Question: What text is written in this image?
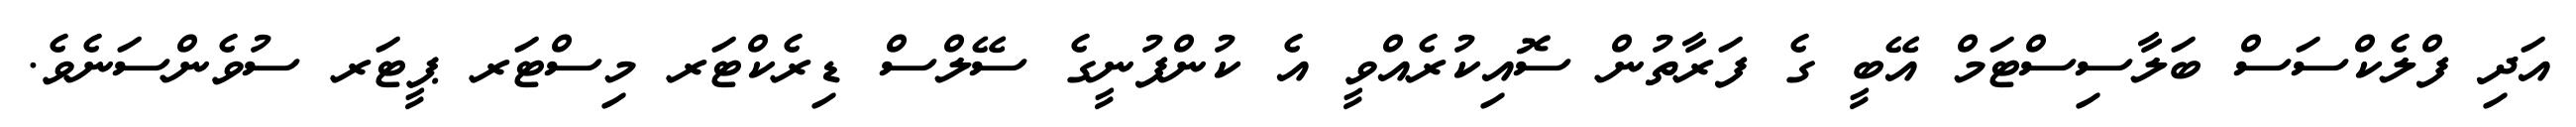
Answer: އަދި ފްލެކްސަސް ބަލާސިސްޓަމް އޭބީ ގެ ފަރާތުން ސޮއިކުރެއްވީ އެ ކުންފުނީގެ ސޭލްސް ޑިރެކްޓަރ މިސްޓަރ ޕީޓަރ ސުވެންސަނެވެ.